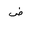
Letter: _dad